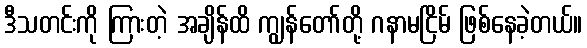
ဒီသတင်းကို ကြားတဲ့ အချိန်ထိ ကျွန်တော်တို့ ဂနာမငြိမ် ဖြစ်နေခဲ့တယ်။